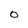
Character: 0